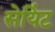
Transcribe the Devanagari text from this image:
सेयिंट